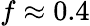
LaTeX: f\approx 0.4